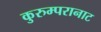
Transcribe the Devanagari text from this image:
कुरुम्परानाट